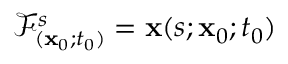
\mathcal { F } _ { ( \mathbf { x } _ { 0 } ; t _ { 0 } ) } ^ { s } = \mathbf { x } ( s ; \mathbf { x } _ { 0 } ; t _ { 0 } )